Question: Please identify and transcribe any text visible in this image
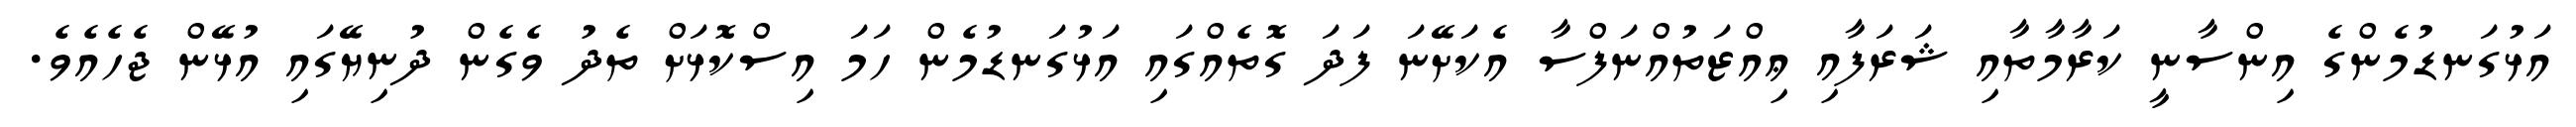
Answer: އަޅުގަނޑުމެންގެ އިންސާނީ ކަރާމާތާއި ޝަރަފާއި ޢިއްޒަތުއްނަފްސާ އެކަށޭނަ ފަދަ ގޮތެއްގައި އަޅުގަނޑުމެން ހަމަ އިސްކޮޅަށް ތެދު ވެގެން ދުނިޔޭގައި އުޅޭން ޖެހެއެވެ.